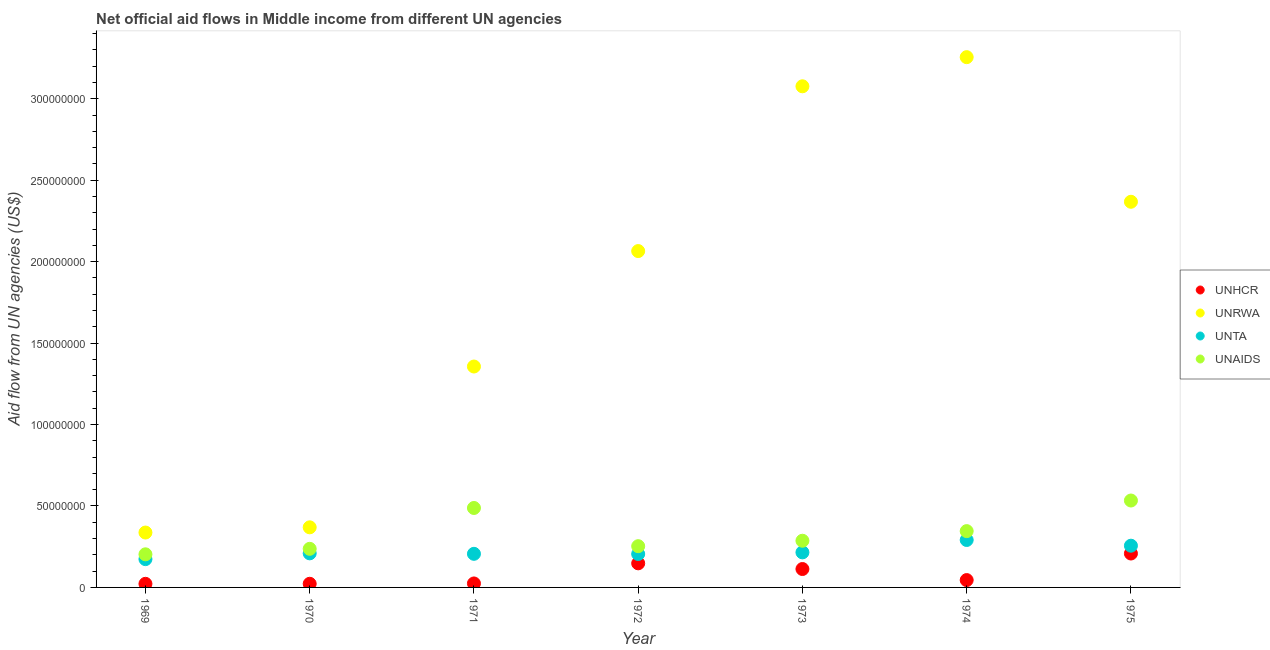
| Year | UNHCR | UNRWA | UNTA | UNAIDS |
 | --- | --- | --- | --- | --- |
 | 1969 | 2.21e+06 | 3.37e+07 | 1.74e+07 | 2.03e+07 |
 | 1970 | 2.24e+06 | 3.69e+07 | 2.09e+07 | 2.37e+07 |
 | 1971 | 2.44e+06 | 1.36e+08 | 2.06e+07 | 4.88e+07 |
 | 1972 | 1.48e+07 | 2.07e+08 | 2.05e+07 | 2.53e+07 |
 | 1973 | 1.13e+07 | 3.08e+08 | 2.15e+07 | 2.87e+07 |
 | 1974 | 4.51e+06 | 3.26e+08 | 2.91e+07 | 3.46e+07 |
 | 1975 | 2.08e+07 | 2.37e+08 | 2.56e+07 | 5.34e+07 |